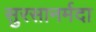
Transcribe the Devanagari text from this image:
सुरसानर्मदा